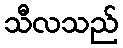
သီလသည်